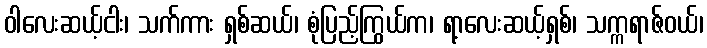
ဝါလေးဆယ့်ငါး၊ သက်ကား ရှစ်ဆယ်၊ စုံပြည့်ကြွယ်က၊ ရာ့လေးဆယ့်ရှစ်၊ သက္ကရာဇ်ဝယ်၊